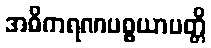
အဓိကရဏပစ္စယာပတ္တိ